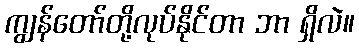
ကျွန်တော်တို့လုပ်နိုင်တာ ဘာ ရှိလဲ။